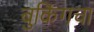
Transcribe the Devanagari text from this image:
बुकिंगचा